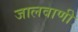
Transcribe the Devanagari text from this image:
जालवाणी